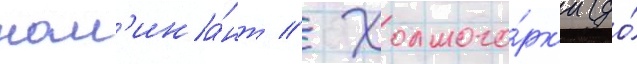
ном'ина́нт // Холмого́рк'и (до́